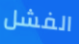
الفشل